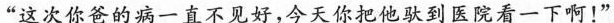
”这次你爸的病一直不见好，今天你把他驮到医院看一下啊！”